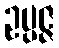
ဥပ္ပဇ္ဇ